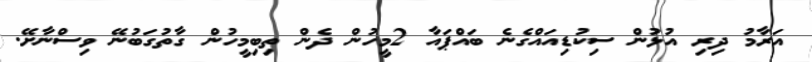
އަރާމު ދިރި އުޅުން ސިކުޑިއައްގެނެ ބައްޕައާ 2މީހުން ދެން ތިބިމީހުން ގާތުގަބުނޭ ވިސްނާށޭ.